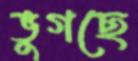
ভুগছে